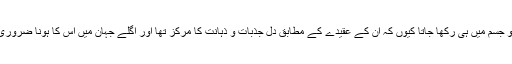
دل کو جسم میں ہی رکھا جاتا کیوں کہ ان کے عقیدے کے مطابق دل جذبات و ذہانت کا مرکز تھا اور اگلے جہان میں اس کا ہونا ضروری تھا۔